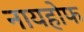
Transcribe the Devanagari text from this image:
नायहोफ